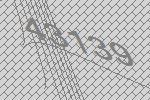
43139